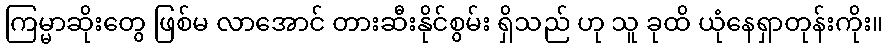
ကြမ္မာဆိုးတွေ ဖြစ်မ လာအောင် တားဆီးနိုင်စွမ်း ရှိသည် ဟု သူ ခုထိ ယုံနေရှာတုန်းကိုး။